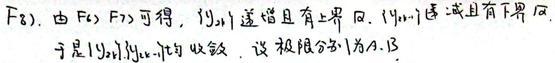
$F_{8})$. 由$F_{6}\ F_{7}$可得，$\{ y_{2n}\}$递增且有上界. 又$\{ y_{2n-1}\}$递减且有下界. 因
于是$\{ y_{2n}\}\{ y_{2n - 1}\}$收敛，设极限分别为$A,B$.